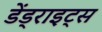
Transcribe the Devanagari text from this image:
डेंड्राइट्स